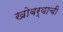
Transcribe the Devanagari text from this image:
खोबर्याची